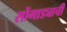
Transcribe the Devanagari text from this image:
सोंगाड्याची